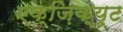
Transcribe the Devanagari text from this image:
एक्ज़िक्यूट